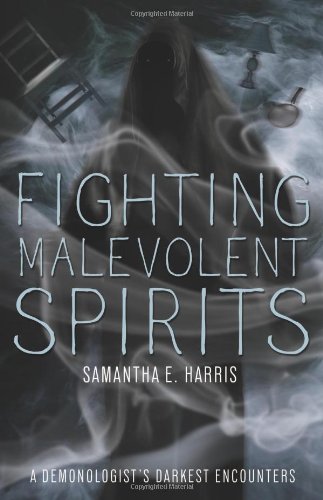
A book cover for Fighting Malevolent Spirits: A Demonologist's Darkest Encounters; Samantha E. Harris; Religion & Spirituality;